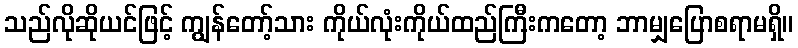
သည်လိုဆိုယင်ဖြင့် ကျွန်တော့်သား ကိုယ်လုံးကိုယ်ထည်ကြီးကတော့ ဘာမျှပြောစရာမရှိ။